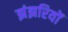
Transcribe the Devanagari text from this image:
झंझरियों